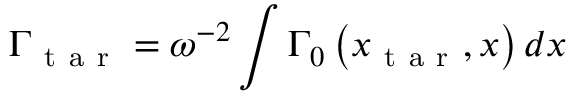
{ \Gamma _ { \mathrm { ~ t ~ a ~ r ~ } } = \omega ^ { - 2 } \int \Gamma _ { 0 } \left( x _ { \mathrm { ~ t ~ a ~ r ~ } } , x \right) d x }